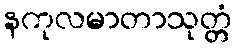
နကုလမာတာသုတ္တံ